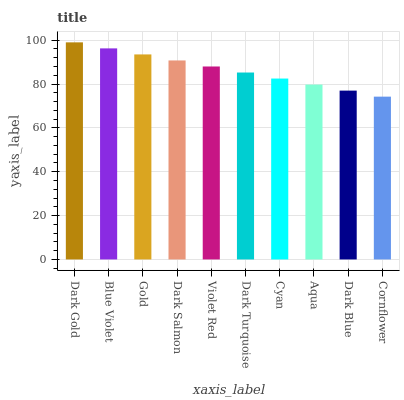
| xaxis_label | bars |
 | --- | --- |
 | Dark Gold | 99 |
 | Blue Violet | 96.2 |
 | Gold | 93.5 |
 | Dark Salmon | 90.7 |
 | Violet Red | 88 |
 | Dark Turquoise | 85.2 |
 | Cyan | 82.5 |
 | Aqua | 79.7 |
 | Dark Blue | 77 |
 | Cornflower | 74.2 |